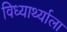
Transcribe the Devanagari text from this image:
विध्यार्थ्याला